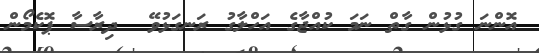
އޮންނަ ގުޅުން ގާތް ނަމަ ކުއްޖާގެ އަހްލާގު ރަނގަޅުވޭ  ދިރާސާ ޕޮކެމޯން